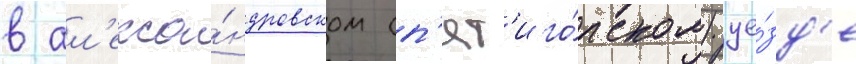
в ал'екса́ндровском (п'ят'иго́рском) уе́зд'е